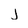
Character: j